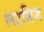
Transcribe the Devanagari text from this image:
लटविज